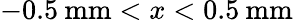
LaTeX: -0.5\: \mathrm{mm}<x<0.5\: \mathrm{mm}